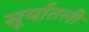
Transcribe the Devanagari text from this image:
सूर्यातली